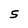
Character: S